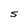
Character: s